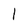
Character: 1